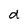
Character: d